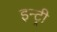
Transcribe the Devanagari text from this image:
इन्ट्री